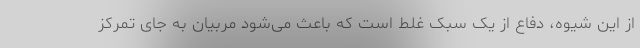
از این شیوه، دفاع از یک سبک غلط است که باعث می‌شود مربیان به جای تمرکز